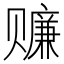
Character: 𰷬